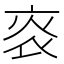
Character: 𤇯